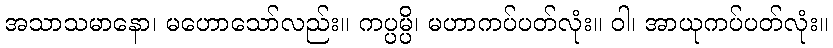
အသာသမာနော၊ မဟောသော်လည်း။ ကပ္ပမ္ပိ၊ မဟာကပ်ပတ်လုံး။ ဝါ၊ အာယုကပ်ပတ်လုံး။